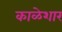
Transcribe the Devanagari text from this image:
काळेशार